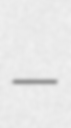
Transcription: –